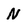
Character: N